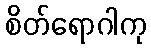
စိတ်ရောဂါကု